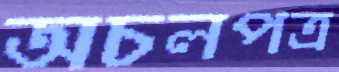
অচলপত্র